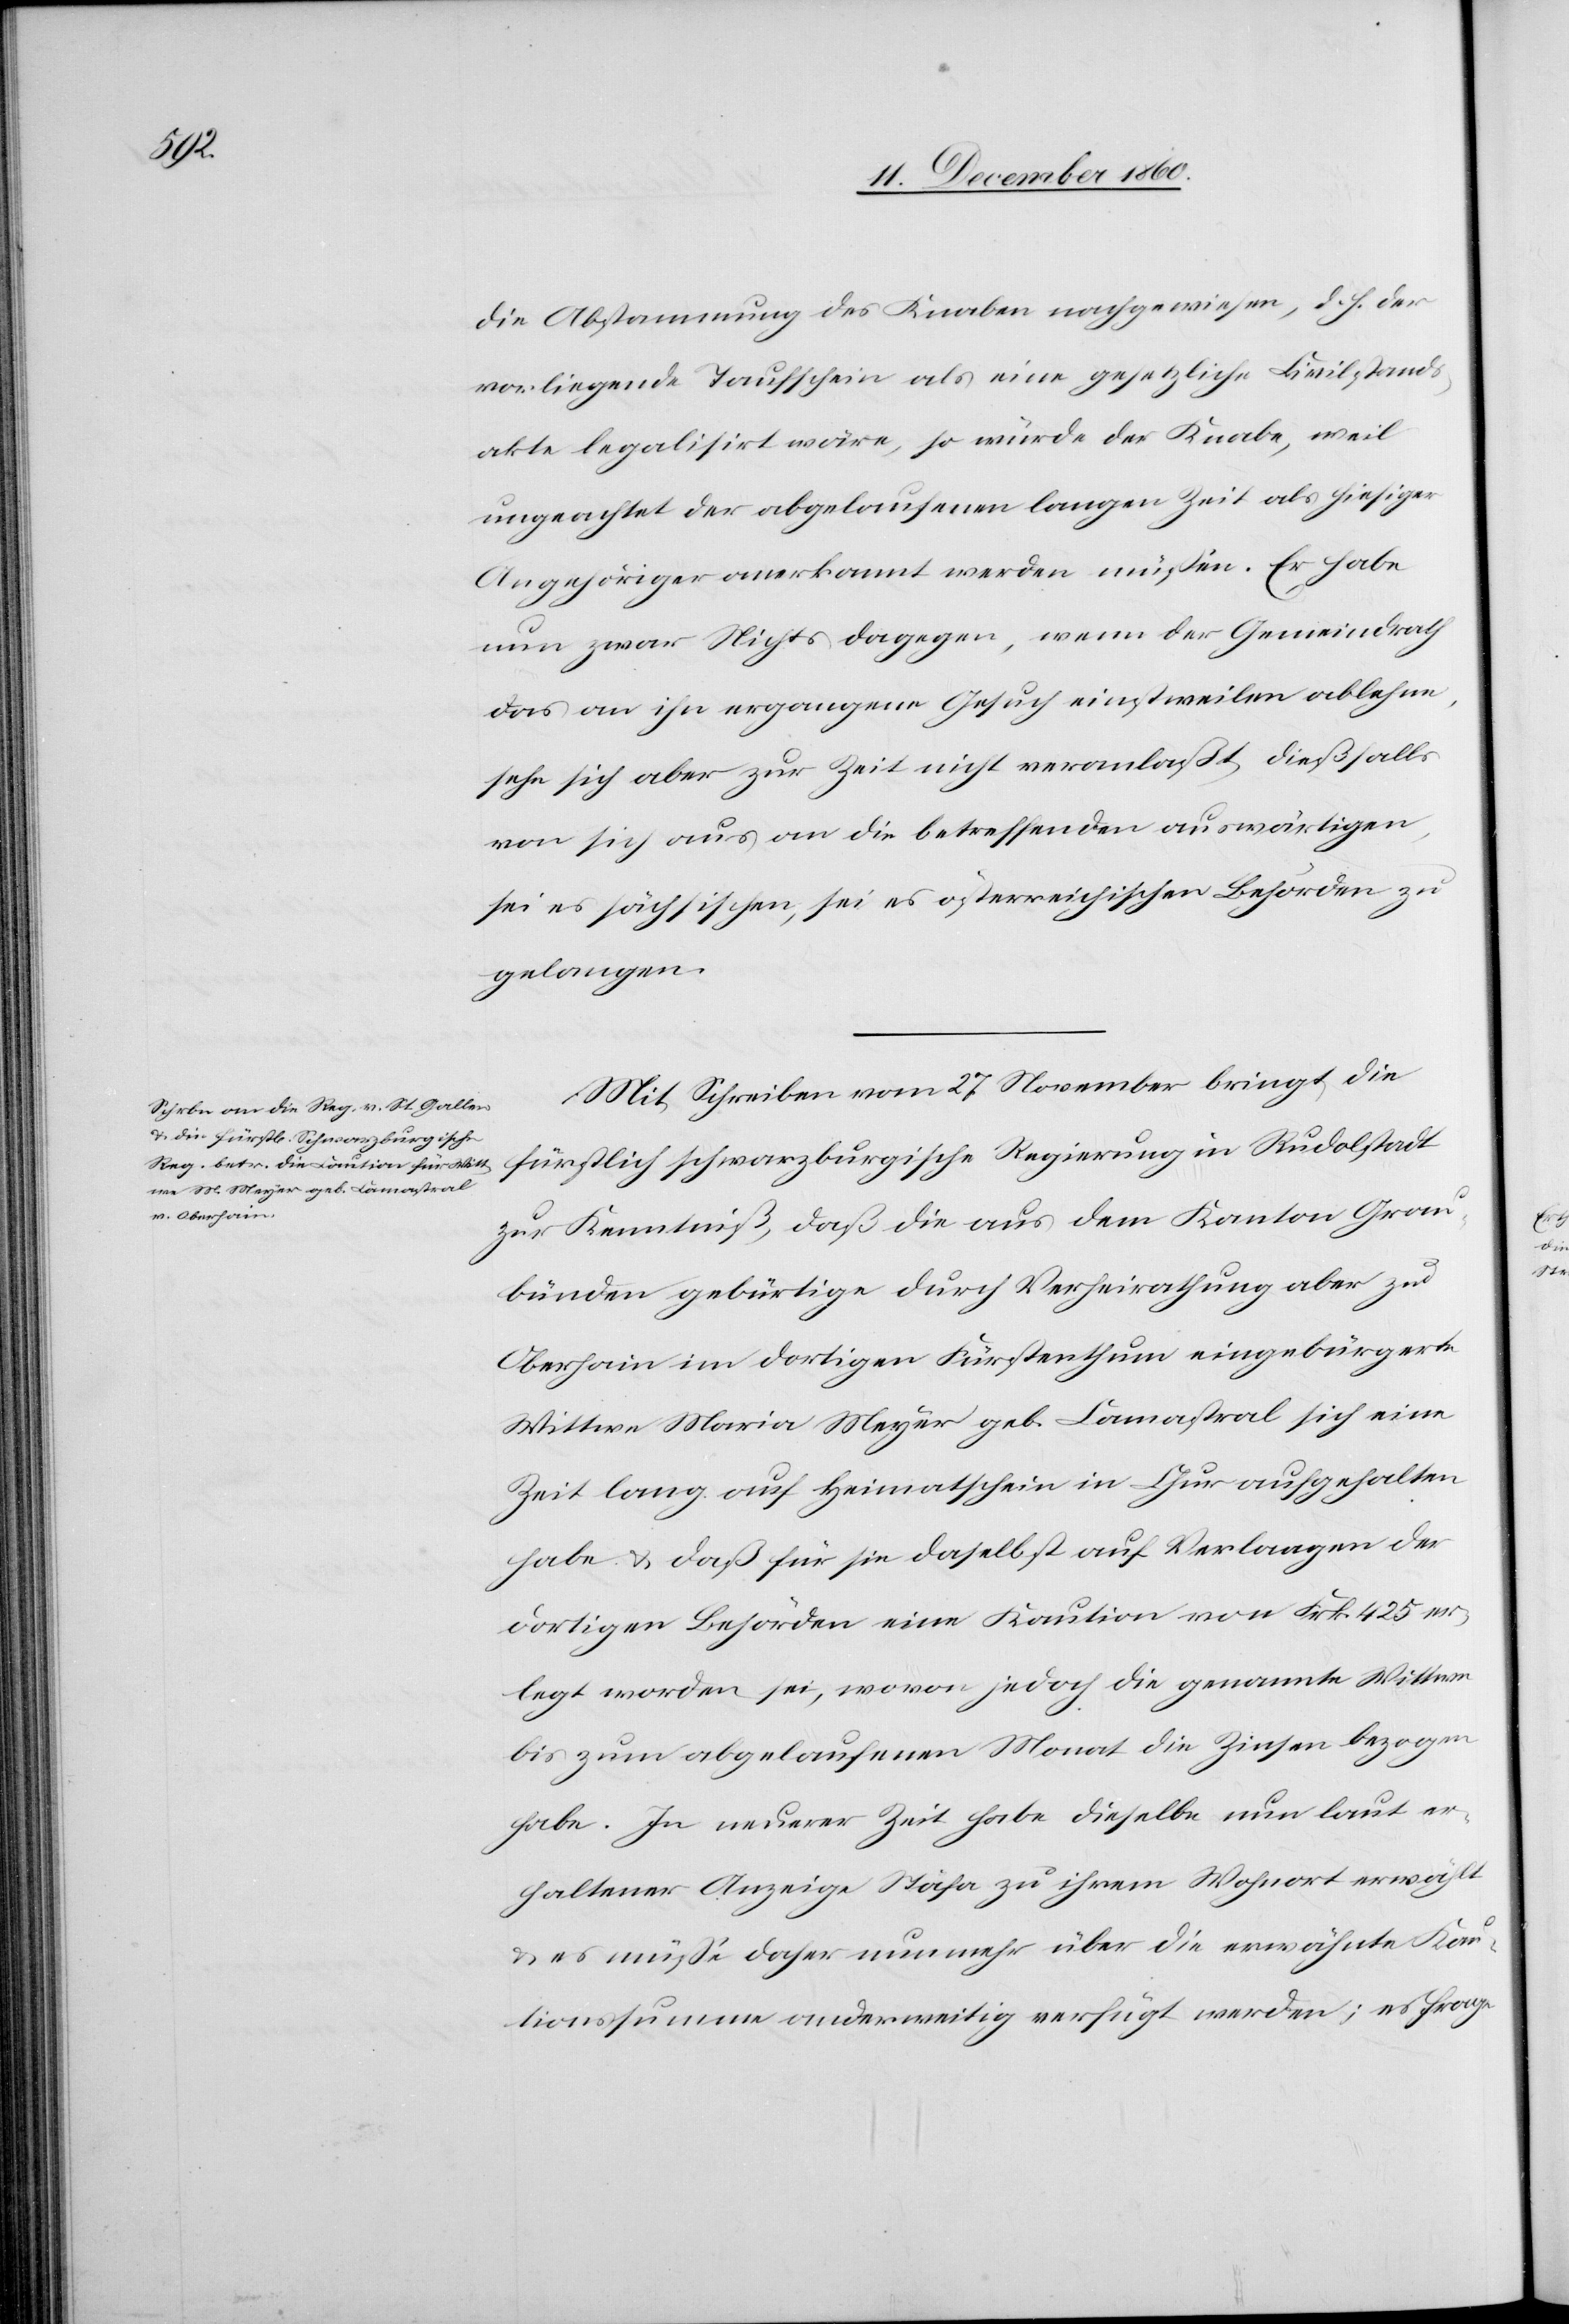
die Abstammung des Knaben nachgewiesen, d. h. der
vorliegende Taufschein als eine gesetzliche Civilstands¬
akte legalisirt wäre, so würde der Knabe, weil
ungeachtet der abgelaufenen langen Zeit als hiesiger
Angehöriger anerkannt werden müssen. Er habe
nun zwar Nichts dagegen, wenn der Gemeindrath
das an ihn ergangene Gesuch einstweilen ablehne,
sehe sich aber zur Zeit nicht veranlaßt, dießfalls
von sich aus an die betreffenden auswärtigen,
sei es sächsischen, sei es österreichischen Behörden zu
Mit Schreiben vom 27. November bringt die
fürstlich schwarzburgische Regierung in Rudolfstadt
zur Kenntniß, daß die aus dem Kanton Grau¬
bünden gebürtige durch Verheirathung aber zu
Oberhain im dortigen Fürstenthum eingebürgerte
Wittwe Maria Meyer geb. Camastral sich eine
Zeit lang auf Heimatschein in Chur aufgehalten
habe u. daß für sie daselbst auf Verlangen der
dortigen Behörden eine Kaution von Frk. 425 er¬
legt worden sei, wovon jedoch die genannte Wittwe
bis zum abgelaufenen Monat die Zinsen bezogen
habe. In neuer Zeit habe dieselbe nun laut er¬
haltener Anzeige Stäfa zu ihrem Wohnort erwählt
u. es müsse daher nunmehr über die erwähnte Kau¬
tionssumme anderweitig verfügt werden; es frage